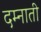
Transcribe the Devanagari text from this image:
दम्नाती